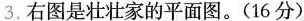
3. 右图是壮壮家的平面图。(16分)